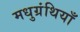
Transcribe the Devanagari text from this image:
मधुग्रंथियाँ